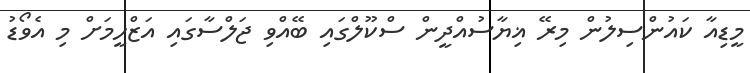
މީޑިއާ ކައުންސިލުން މިރޭ ޣިޔާސުއްދީން ސްކޫލްގައި ބޭއްވި ޖަލްސާގައި އަޒްހީމަށް މި އެވޯޑު